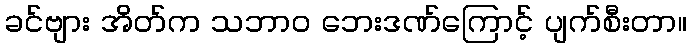
ခင်ဗျား အိတ်က သဘာဝ ဘေးဒဏ်ကြောင့် ပျက်စီးတာ။